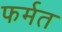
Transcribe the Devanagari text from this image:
फर्मत